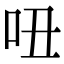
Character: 吜